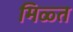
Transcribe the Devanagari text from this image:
मिळ्त